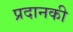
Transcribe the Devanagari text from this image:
प्रदानकी